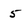
Character: 5